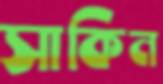
সাকিন